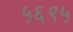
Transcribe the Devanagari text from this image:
५६९५